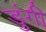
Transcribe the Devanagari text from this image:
डुंगी